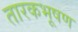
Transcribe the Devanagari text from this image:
तारकभूषण